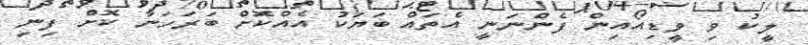
ލީކު ވި ވީޑިއޯއިން ފެންނަނީ އެތައް ބަޔަކު އެއްކޮށް ބަރަހަނާ ކޮށް ފިނި